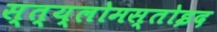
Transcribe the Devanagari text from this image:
स्त्य्लोमस्तोइद